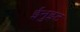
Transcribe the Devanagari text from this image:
ईनुइट